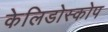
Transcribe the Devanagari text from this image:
केलिडोस्कोप